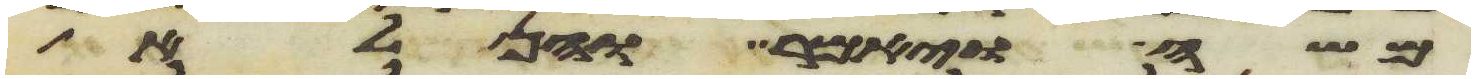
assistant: משה ויאמר והן לא